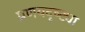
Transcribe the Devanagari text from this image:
प्रणयदृष्ट्या